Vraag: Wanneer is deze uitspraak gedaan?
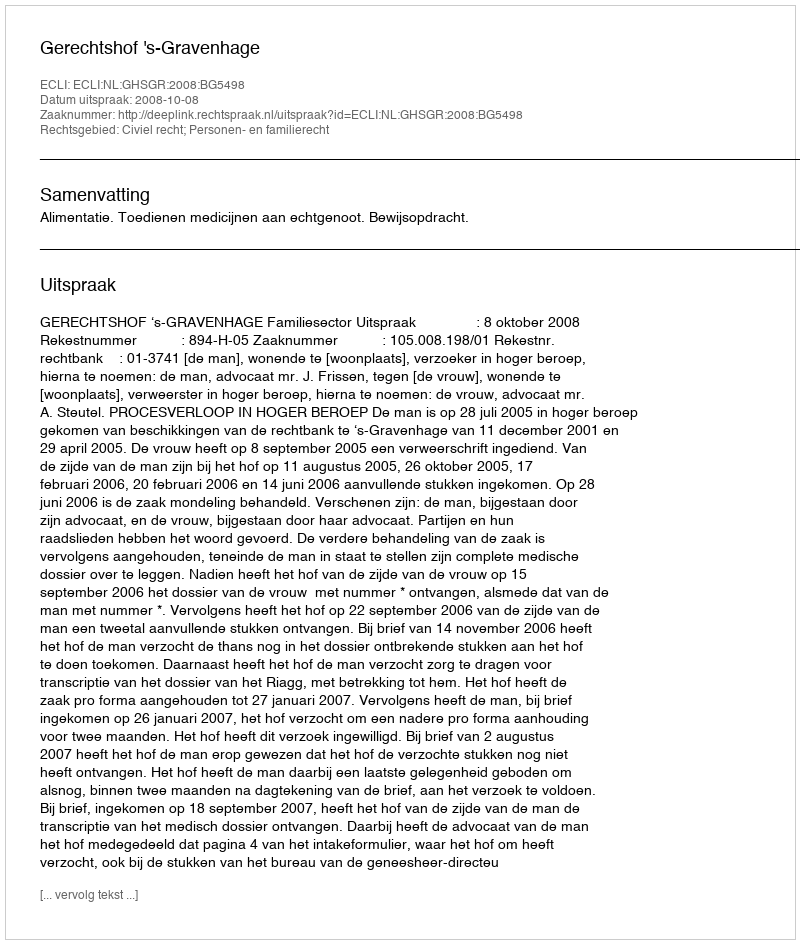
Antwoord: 2008-10-08